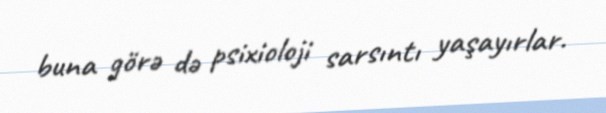
buna görə də psixioloji sarsıntı yaşayırlar.